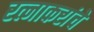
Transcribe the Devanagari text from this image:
रत्नाकरांचे